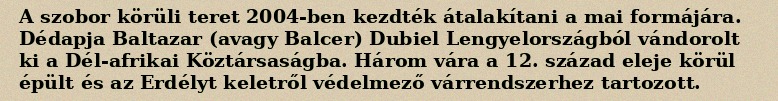
A szobor körüli teret 2004-ben kezdték átalakítani a mai formájára. Dédapja Baltazar (avagy Balcer) Dubiel Lengyelországból vándorolt ki a Dél-afrikai Köztársaságba. Három vára a 12. század eleje körül épült és az Erdélyt keletről védelmező várrendszerhez tartozott.